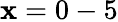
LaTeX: \mathbf{x}=0-5